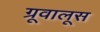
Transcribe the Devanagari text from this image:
ग्रूवालूस